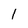
Character: 1